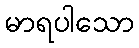
မာရပါသော